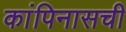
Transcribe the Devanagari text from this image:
कांपिनासची